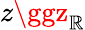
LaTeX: z\ggz_{\mathbb{R}}